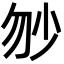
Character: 𡭥